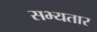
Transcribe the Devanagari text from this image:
सभ्यतार